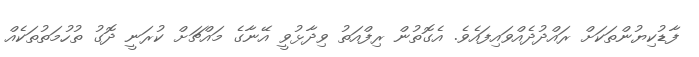
ފާޑުކިޔުންތަކަށް ރައްދުދެއްވައިފައެވެ. އެގޮތުން ރިފްއަތު ވިދާޅުވީ އޭނާގެ މައްޗަށް ކުރަނީ ދޮގު ތުހުމަތުތަކެއް